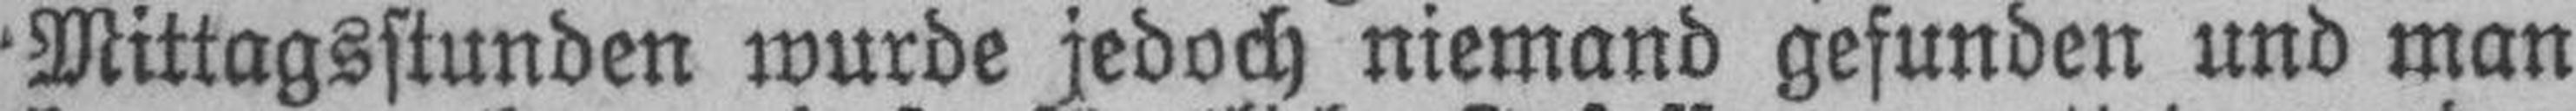
Mittagsstunden wurde jedoch niemand gefunden und man